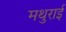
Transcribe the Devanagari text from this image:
मथुराई